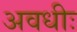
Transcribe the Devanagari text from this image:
अवधीः